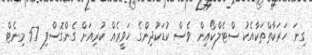
ގިނަ ހަރަކާތްތަކާއެކު ސްޓެލްކޯއިން ވެސް ކުޑަކުދިންގެ ހަވީރެއް ކުރިއަށް ގެންގޮސްފި 57 މިނެޓް